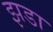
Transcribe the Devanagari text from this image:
झडा